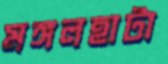
মঙ্গলহাটা